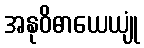
အနုဝိဓာယေယျုံ